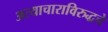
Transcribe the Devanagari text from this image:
अत्याचाराविरुद्धचे